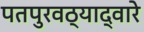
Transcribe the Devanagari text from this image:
पतपुरवठ्याद्वारे